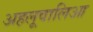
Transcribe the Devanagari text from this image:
अहलूवालिआ